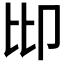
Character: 𠨒